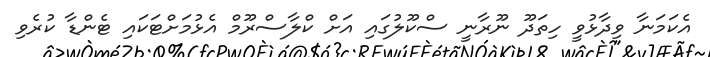
އެކަމަނާ ވިދާޅުވީ ހިތަދޫ ނޫރާނީ ސްކޫލުގައި އަށް ކްލާސްރޫމް އެޅުމަށްޓަކައި ޓެންޑާ ކުރެވި